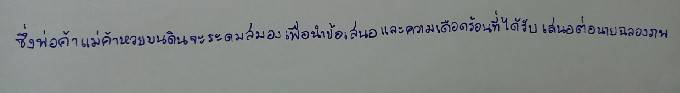
ซึ่งพ่อค้าแม่ค้าหวยบนดินจะระดมสมองเพื่อนำข้อเสนอและความเดือดร้อนที่ได้รับเสนอต่อนายฉลองภพ